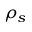
\rho _ { s }